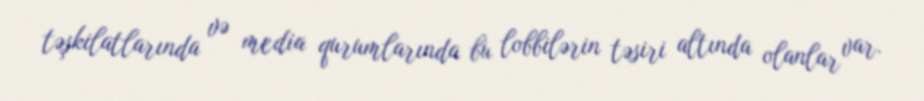
təşkilatlarında və media qurumlarında bu lobbilərin təsiri altında olanlar var.